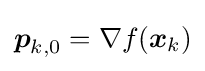
{\boldsymbol {p}}_{k,0}=\nabla f({\boldsymbol {x}}_{k})